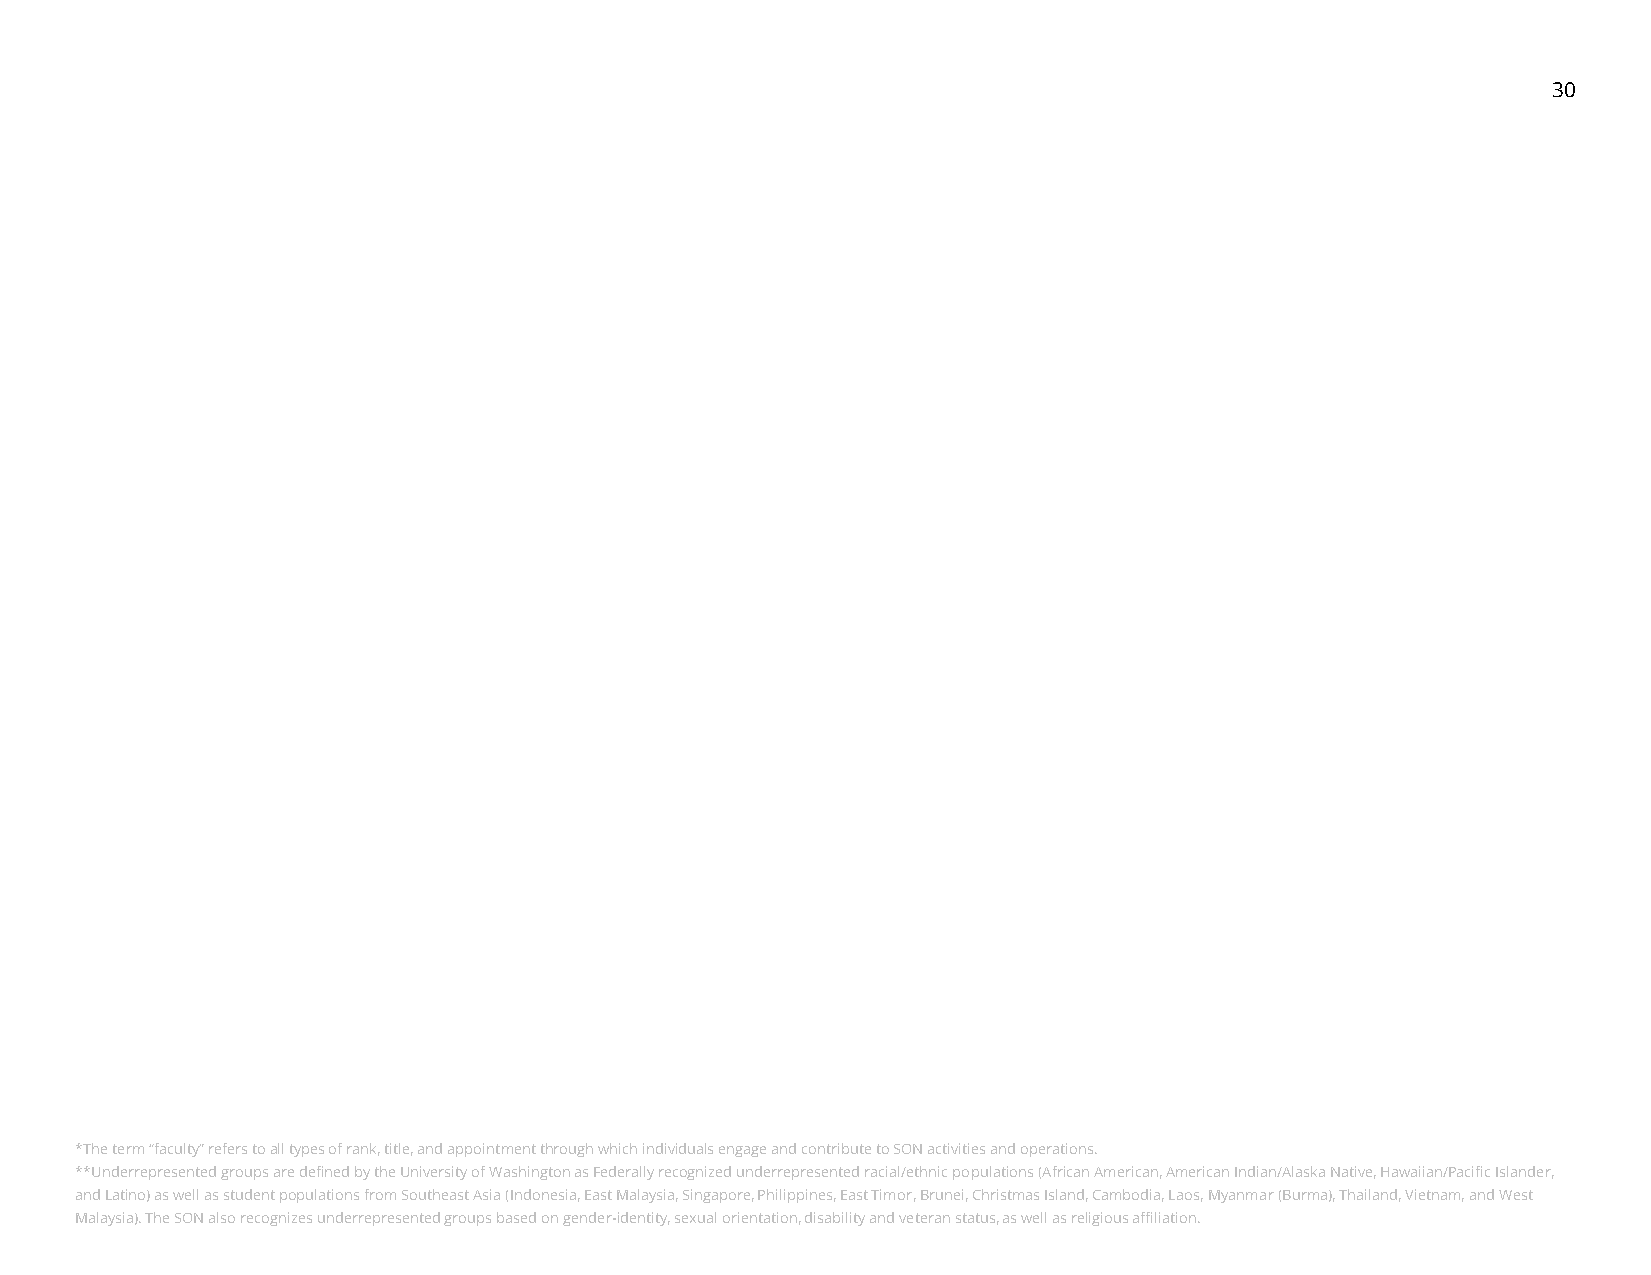
30
 *The term “faculty” refers to all types of rank, title, and appointment through which individuals engage and contribute to SON activities and operations.
 **Underrepresented groups are defined by the University of Washington as Federally recognized underrepresented racial/ethnic populations (African American, American Indian/Alaska Native, Hawaiian/Pacific Islander,
 and Latino) as well as student populations from Southeast Asia (Indonesia, East Malaysia, Singapore, Philippines, East Timor, Brunei, Christmas Island, Cambodia, Laos, Myanmar (Burma), Thailand, Vietnam, and West
 Malaysia). The SON also recognizes underrepresented groups based on gender-identity, sexual orientation, disability and veteran status, as well as religious affiliation.